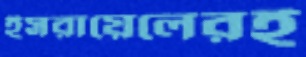
ইসরায়েলেরই